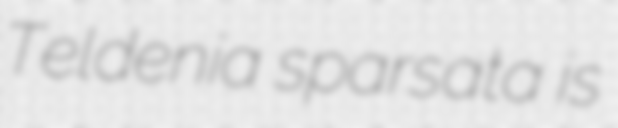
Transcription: Teldenia sparsata is